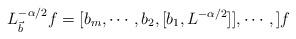
LaTeX: \begin{align*}L_{\vec{b}}^{-\alpha/2}f=[b_m,\cdots,b_2,[b_1,L^{-\alpha/2}]],\cdots,]f\end{align*}